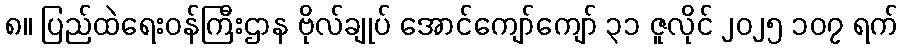
၈။ ပြည်ထဲရေးဝန်ကြီးဌာန ဗိုလ်ချုပ် အောင်ကျော်ကျော် ၃၁ ဇူလိုင် ၂၀၂၅ ၁၀၇ ရက်